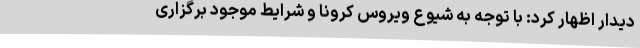
دیدار اظهار کرد: با توجه به شیوع ویروس کرونا و شرایط موجود برگزاری